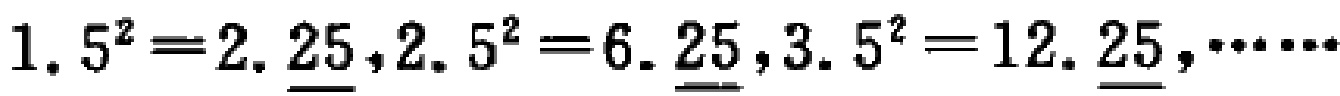
$1.5^{2}=2.25,2.5^{2}=6.25,3.5^{2}=12.25,\cdots\cdots$